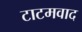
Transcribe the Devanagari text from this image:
टाटमवाद